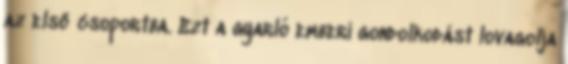
az első csoportba. Ezt a gyarló emberi gondolkodást lovagolja